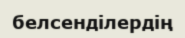
белсенділердің